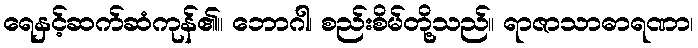
ရေနှင့်ဆက်ဆံကုန်၏။ ဘောဂါ၊ စည်းစိမ်တို့သည်။ ရာဇာသာဓာရဏာ၊